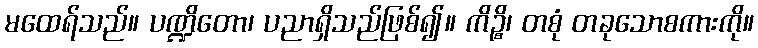
မထေရ်သည်။ ပဏ္ဍိတော၊ ပညာရှိသည်ဖြစ်၍။ ကိဉ္စိ၊ တစုံ တခုသောစကားကို။